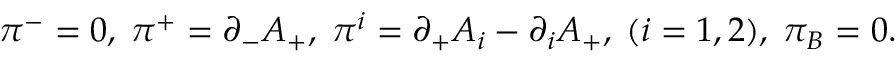
{ \pi } ^ { - } = 0 , \; { \pi } ^ { + } = { \partial } _ { - } A _ { + } , \; { \pi } ^ { i } = { \partial } _ { + } A _ { i } - { \partial } _ { i } A _ { + } , \; ( i = 1 , 2 ) , \; { \pi } _ { B } = 0 .